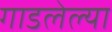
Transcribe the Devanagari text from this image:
गाडलेल्या